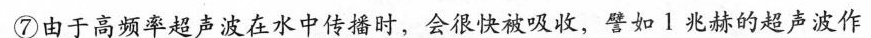
⑦由于高频率超声波在水中传播时，会很快被吸收，譬如1兆赫的超声波作